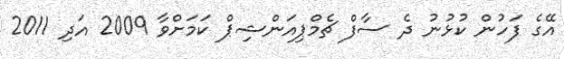
އޭގެ ފަހުން ކުޅުނު ދެ ސާފް ޗެމްޕިއަންޝިޕް ކަމަށްވާ 2009 އަދި 2011